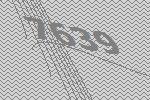
7639